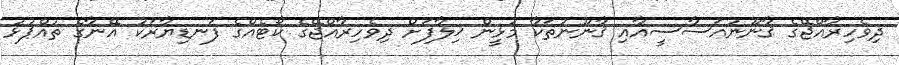
ދިވެހިރާއްޖޭގެ ޤާނޫނުއަސާސީއާއި ޤާނޫނުތަކާ މުޅީން ޚިލާފަށް ދިވެހިރާއްޖޭގެ ކޯޓެއްގެ ފަނޑިޔާރަކު އޭނާގެ ތުއްޕުޅު